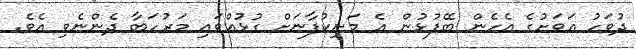
ދުވަހު އަވަށުގެ އެހެން ބޭފުޅުން އެ މަނިކުފާނަށް ގުޅުއްވައި މަރުހަބާ ދެންނެވި އެވެ.